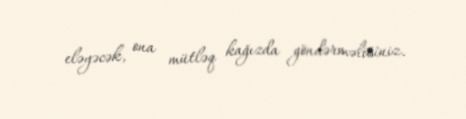
eləyəcək, ona mütləq kağızda göndərməlisiniz.